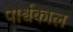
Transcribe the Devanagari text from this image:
पार्श्वकाल